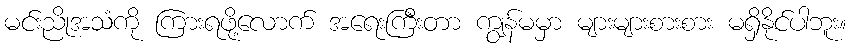
မင်းညိုအသံကို ကြားရဖို့လောက် အရေးကြီးတာ ကျွန်မမှာ များများစားစား မရှိနိုင်ပါဘူး။